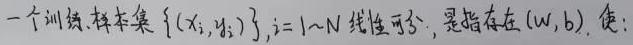
一个训练样本集 $\{(x_i, y_i)\}_{i = 1\sim N}$ 线性可分，是指存在 $(w, b)$，使：